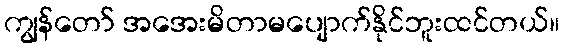
ကျွန်တော် အအေးမိတာမပျောက်နိုင်ဘူးထင်တယ်။